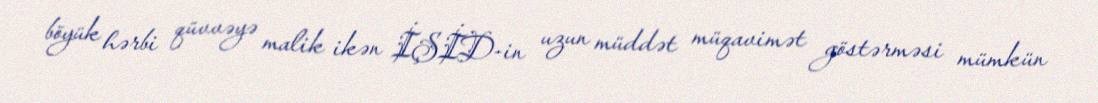
böyük hərbi qüvvəyə malik ikən İŞİD-in uzun müddət müqavimət göstərməsi mümkün